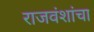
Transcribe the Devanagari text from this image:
राजवंशांचा